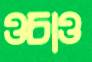
ওচাও